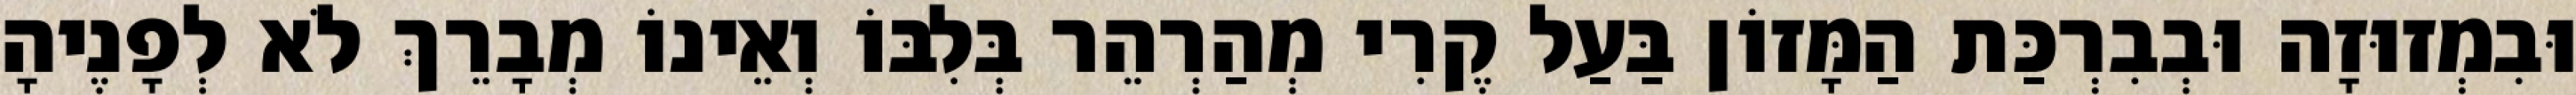
וּבִמְזוּזָה וּבְבִרְכַּת הַמָּזוֹן בַּעַל קֶרִי מְהַרְהֵר בְּלִבּוֹ וְאֵינוֹ מְבָרֵךְ לֹא לְפָנֶיהָ